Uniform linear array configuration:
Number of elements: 12
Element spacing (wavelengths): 0.5
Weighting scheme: blackman
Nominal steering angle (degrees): -15
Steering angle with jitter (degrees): -16.846
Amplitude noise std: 0.05
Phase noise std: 0.05

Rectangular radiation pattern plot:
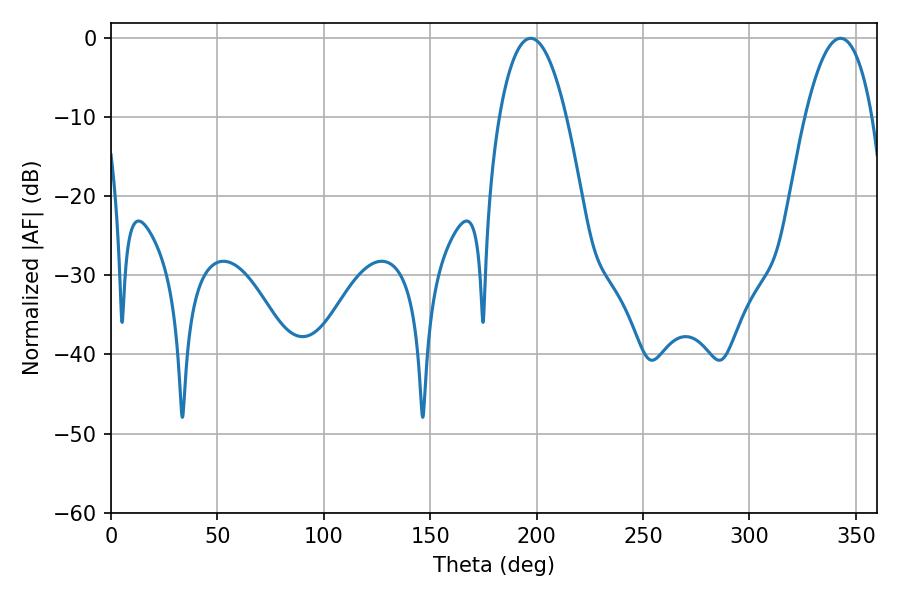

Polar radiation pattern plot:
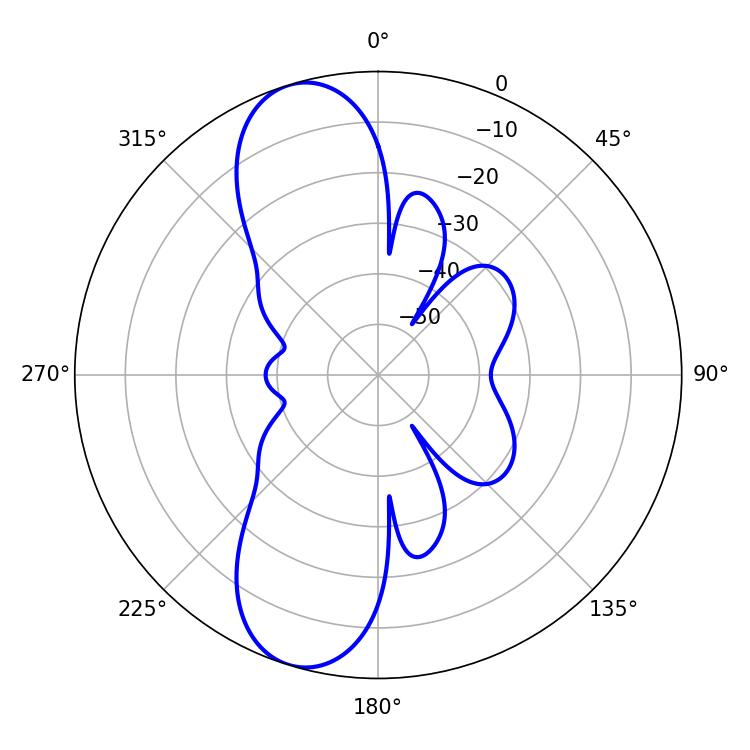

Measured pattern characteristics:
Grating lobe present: FALSE
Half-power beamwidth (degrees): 17.46
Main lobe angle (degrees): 197.28